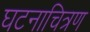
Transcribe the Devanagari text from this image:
घटनाचित्रण